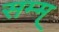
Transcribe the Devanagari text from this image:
सम्म्